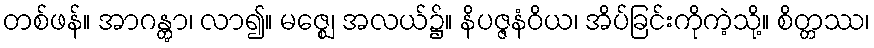
တစ်ဖန်။ အာဂန္တွာ၊ လာ၍။ မဇ္ဈေ၊ အလယ်၌။ နိပဇ္ဇနံဝိယ၊ အိပ်ခြင်းကိုကဲ့သို့။ စိတ္တဿ၊